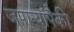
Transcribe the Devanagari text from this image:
जपान्यांपैकी